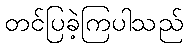
တင်ပြခဲ့ကြပါသည်